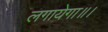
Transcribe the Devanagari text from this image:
लगायेगा॥।